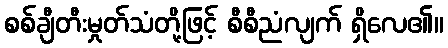
စစ်ချီတီးမှုတ်သံတို့ဖြင့် စီစီညံလျက် ရှိလေ၏။